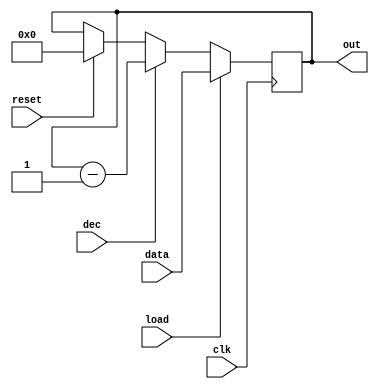
module register (input wire clk,input wire load,input wire [31:0] data,output reg [31:0] out,input wire dec, input wire reset);

	always @(posedge clk) 
	begin
		if (load)
			out <= data;
		else if (dec)
			out <= out - 1;
		else if (reset)
			out <= 0;
	end

endmodule